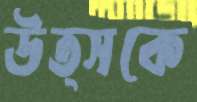
উত্সকে